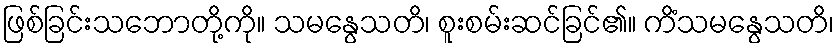
ဖြစ်ခြင်းသဘောတို့ကို။ သမနွေသတိ၊ စူးစမ်းဆင်ခြင်၏။ ကိံသမနွေသတိ၊